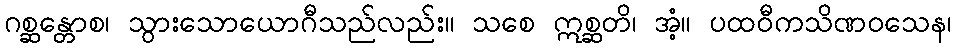
ဂစ္ဆန္တောစ၊ သွားသောယောဂီသည်လည်း။ သစေ ဣစ္ဆတိ၊ အံ့။ ပထဝီကသိဏဝသေန၊